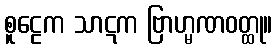
စူဠေက သာဋက ဗြာဟ္မဏဝတ္ထု။